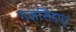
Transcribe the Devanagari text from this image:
गजसिंहपुर